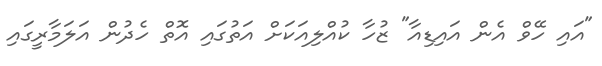
"އައި ހޭވް އެން އައިޑިއާ" ޒުހާ ކުއްލިއަކަށް އަތުގައި އޮތް ހެދުން އަލަމާރީގައި